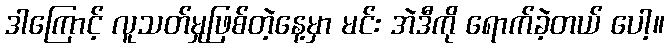
ဒါကြောင့် လူသတ်မှုဖြစ်တဲ့နေ့မှာ မင်း အဲဒီကို ရောက်ခဲ့တယ် ပေါ့။